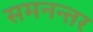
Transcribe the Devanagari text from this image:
समनन्तर